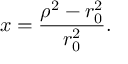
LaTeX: x = { \frac { { \rho } ^ { 2 } - r _ { 0 } ^ { 2 } } { r _ { 0 } ^ { 2 } } } .